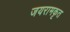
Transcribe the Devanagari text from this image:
जयरामकृत